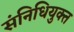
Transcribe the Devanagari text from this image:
संनिधियुक्त